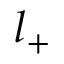
l _ { + }